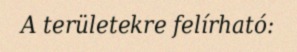
A területekre felírható: